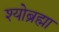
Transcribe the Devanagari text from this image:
श्योब्रह्मा